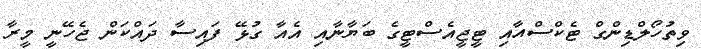
ވިތުހޯލްޑިންގް ޓެކްސްއާއި ޓީޖީއެސްޓީގެ ބަޔާނާއި އެއާ ގުޅޭ ފައިސާ ދައްކަން ޖެހޭނީ މީރާ